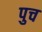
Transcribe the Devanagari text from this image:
पुच